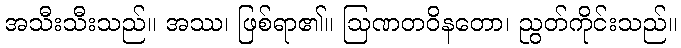
အသီးသီးသည်။ အဿ၊ ဖြစ်ရာ၏။ ဩဏတဝိနတော၊ ညွတ်ကိုင်းသည်။